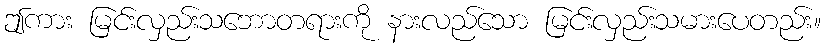
ဤကား မြင်းလှည်းသဘောတရားကို နားလည်သော မြင်းလှည်းသမားပေတည်း။